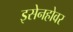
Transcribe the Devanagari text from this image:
इसेनहोवर